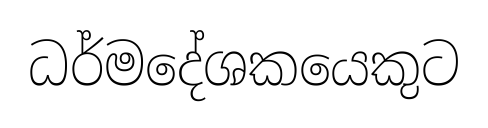
ධර්මදේශකයෙකුට